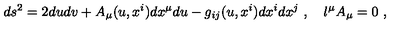
d s ^ { 2 } = 2 d u d v + A _ { \mu } ( u , x ^ { i } ) d x ^ { \mu } d u - g _ { i j } ( u , x ^ { i } ) d x ^ { i } d x ^ { j } \ , \quad l ^ { \mu } A _ { \mu } = 0 \ ,